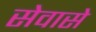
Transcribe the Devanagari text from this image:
सेवासे